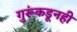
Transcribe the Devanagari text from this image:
गुरूंकडूनही